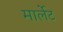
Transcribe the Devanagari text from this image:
मार्लेट